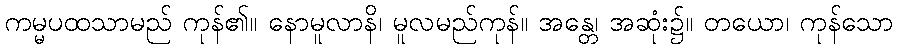
ကမ္မပထသာမည် ကုန်၏။ နောမူလာနိ၊ မူလမည်ကုန်။ အန္တေ၊ အဆုံး၌။ တယော၊ ကုန်သော